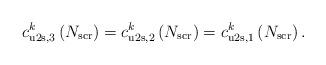
LaTeX: \begin{align*}c^k_{\mathrm{u2s},3}\left(N_{\mathrm{scr}}\right) = c^k_{\mathrm{u2s},2} \left( N_{\mathrm{scr}} \right) = c^k_{\mathrm{u2s},1} \left( N_{\mathrm{scr}} \right).\end{align*}